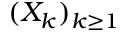
( X _ { k } ) _ { k \geq 1 }